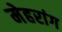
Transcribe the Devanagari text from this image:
मेहरांग